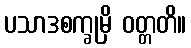
ပသာဒစက္ခုမှိ ဝတ္တတိ။